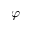
\varphi